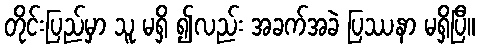
တိုင်းပြည်မှာ သူ မရှိ ၍လည်း အခက်အခဲ ပြဿနာ မရှိပြီ။